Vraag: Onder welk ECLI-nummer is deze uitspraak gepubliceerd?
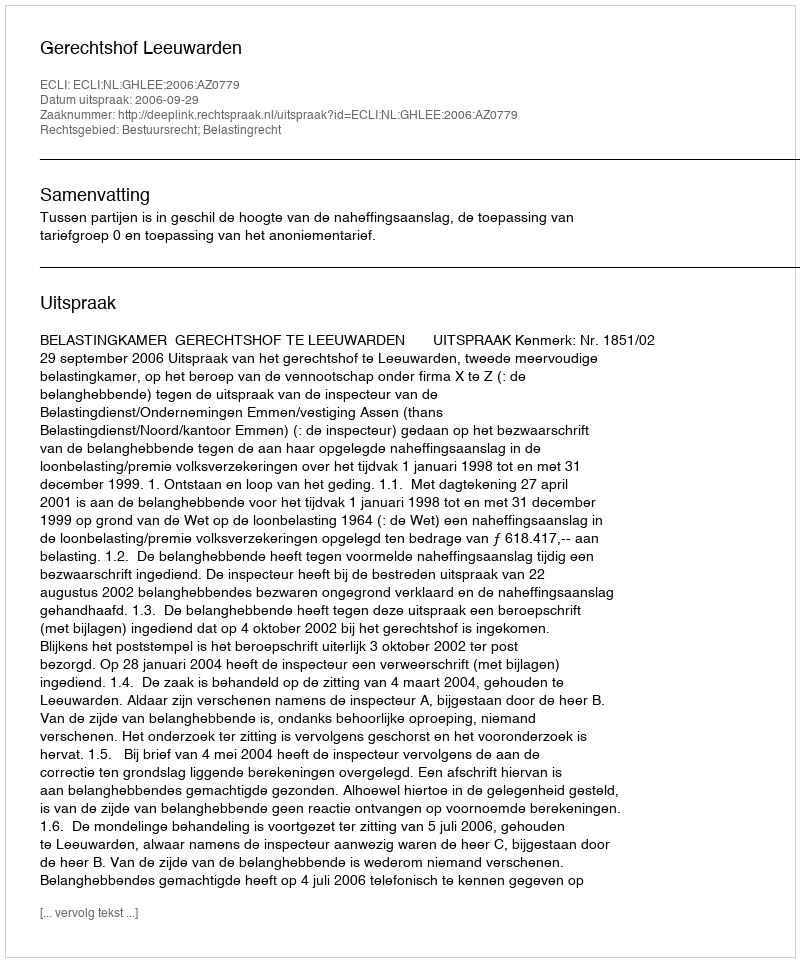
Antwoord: ECLI:NL:GHLEE:2006:AZ0779